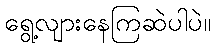
ရွေ့လျားနေကြဆဲပါပဲ။